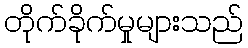
တိုက်ခိုက်မှုများသည်